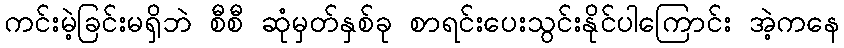
ကင်းမဲ့ခြင်းမရှိဘဲ စီစီ ဆုံမှတ်နှစ်ခု စာရင်းပေးသွင်းနိုင်ပါကြောင်း အဲ့ကနေ